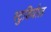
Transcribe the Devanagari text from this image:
स्टुडियोज़